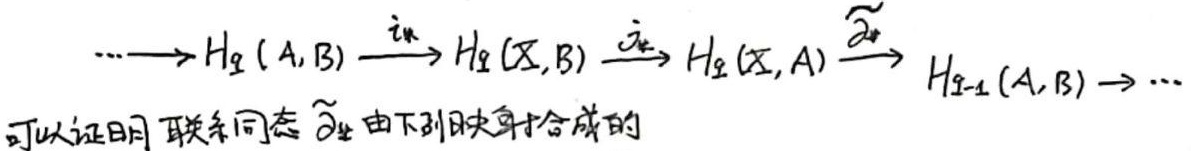
\(\cdots\longrightarrow H_{q}(A,B)\xrightarrow{i_{*}}H_{q}(X,B)\xrightarrow{j_{*}}H_{q}(X,A)\xrightarrow{\widetilde{\partial}_{*}} H_{q - 1}(A,B)\longrightarrow\cdots\)
可以证明 联系同态 \(\widetilde{\partial}_{*}\) 由下列映射合成的